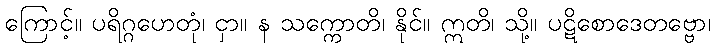
ကြောင့်။ ပရိဂ္ဂဟေတုံ၊ ငှာ။ န သက္ကောတိ၊ နိုင်။ ဣတိ၊ သို့။ ပဋိစောဒေတဗ္ဗော၊